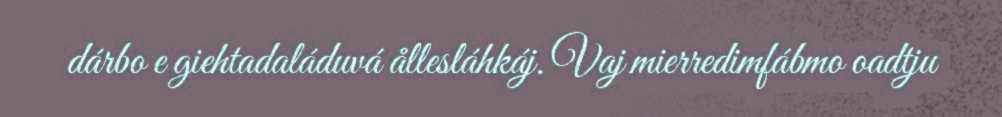
dárbo e giehtadaláduvá ållesláhkáj. Vaj mierredimfábmo oadtju